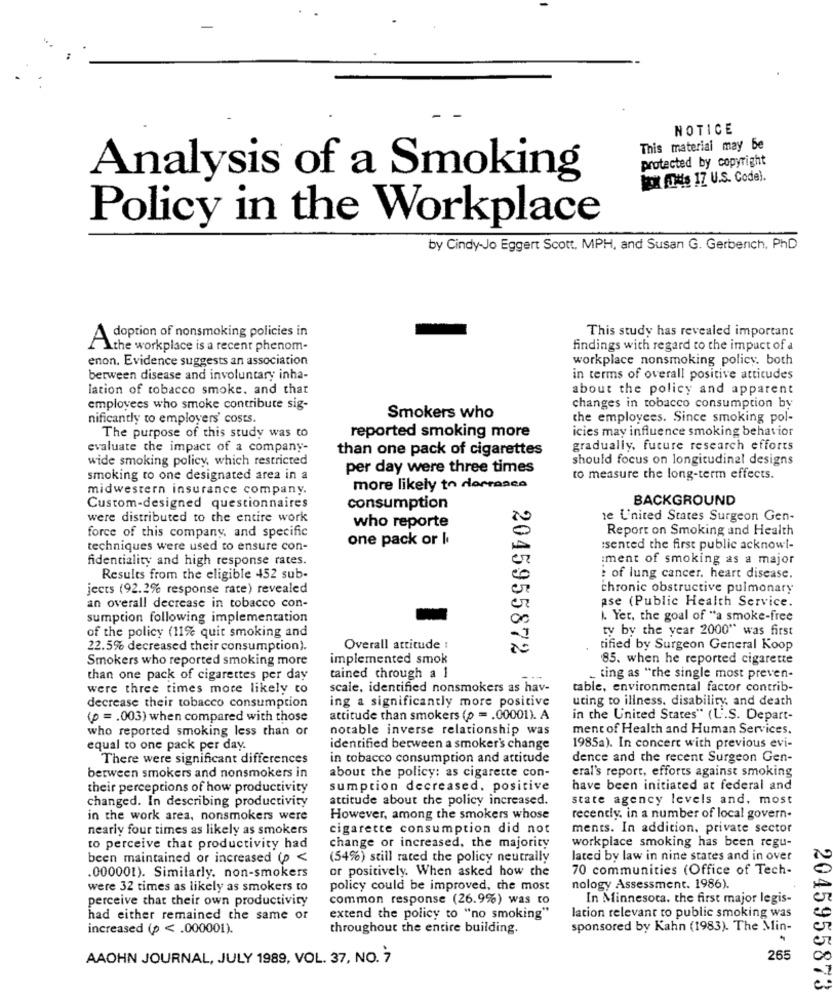
NOTICE
This material may be
protected by copyright
Analysis of a Smoking
For His 17 U.S. Code).
Policy in the Workplace
by Cindy-Jo Eggert Scott. MPH, and Susan G. Gerberich, PhD
This study has revealed important
doption of nonsmoking policies in
\the workplace is a recent phenom-
findings with regard to the impact of a
enon. Evidence suggests an association
workplace nonsmoking policy. both
between disease and involuntary inha-
in terms of overall positive attitudes
lation of tobacco smoke, and that
about the policy and apparent
employees who smoke contribute sig-
changes in tobacco consumption by
nificantly to employers' costs.
Smokers who
the employees. Since smoking pol-
icies may influence smoking behavior
The purpose of this study was to
reported smoking more
evaluate the impact of a company-
than one pack of cigarettes
gradually, future research efforts
wide smoking policy, which restricted
should focus on longitudinal designs
per day were three times
smoking to one designated area in a
to measure the long-term effects.
midwestern insurance company.
more likely to dorrance
BACKGROUND
Custom-designed questionnaires
consumption
were distributed to the entire work
who reporte
1e L'nited States Surgeon Gen-
force of this company, and specific
Report on Smoking and Health
one pack or I
techniques were used to ensure con-
isented the first public acknowl-
fidentiality and high response rates.
:ment of smoking as a major
Results from the eligible 452 sub-
: of lung cancer. heart disease.
jects (92.2% response rate) revealed
chronic obstructive pulmonary
ase (Public Health Service.
an overall decrease in tobacco con-
er
sumption following implementation
00
i. Yer, the goal of "a smoke-free
ty by the year 2000" was first
of the policy (11% quit smoking and
22.5% decreased their consumption).
Overall attitude :
2045955872
tified by Surgeon General Koop
Smokers who reported smoking more
implemented smok
85. when he reported cigarette
than one pack of cigarettes per day
tained through a 1
- ting as "the single most preven-
were three times more likely to
scale, identified nonsmokers as hav-
table, environmental factor contrib-
decrease their tobacco consumption
ing a significantly more positive
uting to illness, disability, and death
(p = . 003) when compared with those
attitude than smokers (p = . 00001). A
in the United States" (L.S. Depart-
who reported smoking less than or
notable inverse relationship was
ment of Health and Human Services.
equal to one pack per day.
identified between a smoker's change
1985a). In concert with previous evi-
There were significant differences
in tobacco consumption and attitude
dence and the recent Surgeon Gen-
about the policy: as cigarette con-
eral's report, efforts against smoking
between smokers and nonsmokers in
their perceptions of how productivity
sumption decreased. positive
have been initiated at federal and
changed. In describing productivity
attitude about the policy increased.
state agency levels and, most
in the work area, nonsmokers were
However, among the smokers whose
recently, in a number of local govern-
nearly four times as likely as smokers
cigarette consumption did not
ments. In addition, private sector
change or increased, the majority
workplace smoking has been regu-
to perceive that productivity had
been maintained or increased (p <
(54%) still rated the policy neutrally
lated by law in nine states and in over
or positively. When asked how the
70 communities (Office of Tech-
.000001). Similarly, non-smokers
were 32 times as likely as smokers to
policy could be improved, the most
nology Assessment. 1986).
perceive that their own productivity
common response (26.9%) was to
In Minnesota. the first major legis-
had either remained the same or
extend the policy to "no smoking"
lation relevant to public smoking was
increased (p < . 000001).
throughout the entire building.
sponsored by Kahn (1983). The Min-
AAOHN JOURNAL, JULY 1989, VOL. 37, NO. 7
265
2045955873